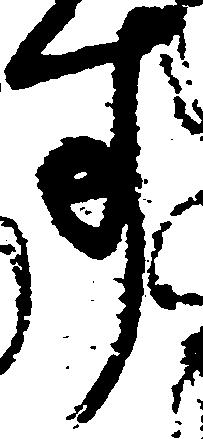
す